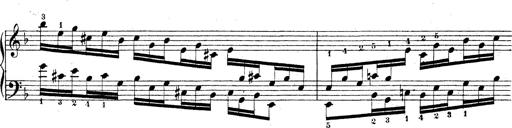
Title: Technische Studien
Composer: Franz Liszt